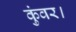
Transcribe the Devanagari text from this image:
कुंवर।